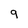
Character: 9